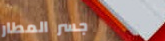
جسر المطار